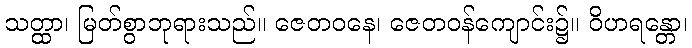
သတ္ထာ၊ မြတ်စွာဘုရားသည်။ ဇေတဝနေ၊ ဇေတဝန်ကျောင်း၌။ ဝိဟရန္တော၊